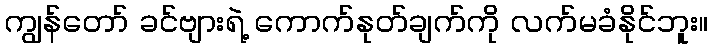
ကျွန်တော် ခင်ဗျားရဲ့ ကောက်နုတ်ချက်ကို လက်မခံနိုင်ဘူး။